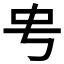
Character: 𬺺